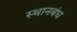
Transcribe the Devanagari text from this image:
स्थानबंध